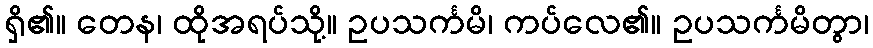
ရှိ၏။ တေန၊ ထိုအရပ်သို့။ ဥပသင်္ကမိ၊ ကပ်လေ၏။ ဥပသင်္ကမိတွာ၊